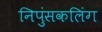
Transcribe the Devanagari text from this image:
निपुंसकलिंग